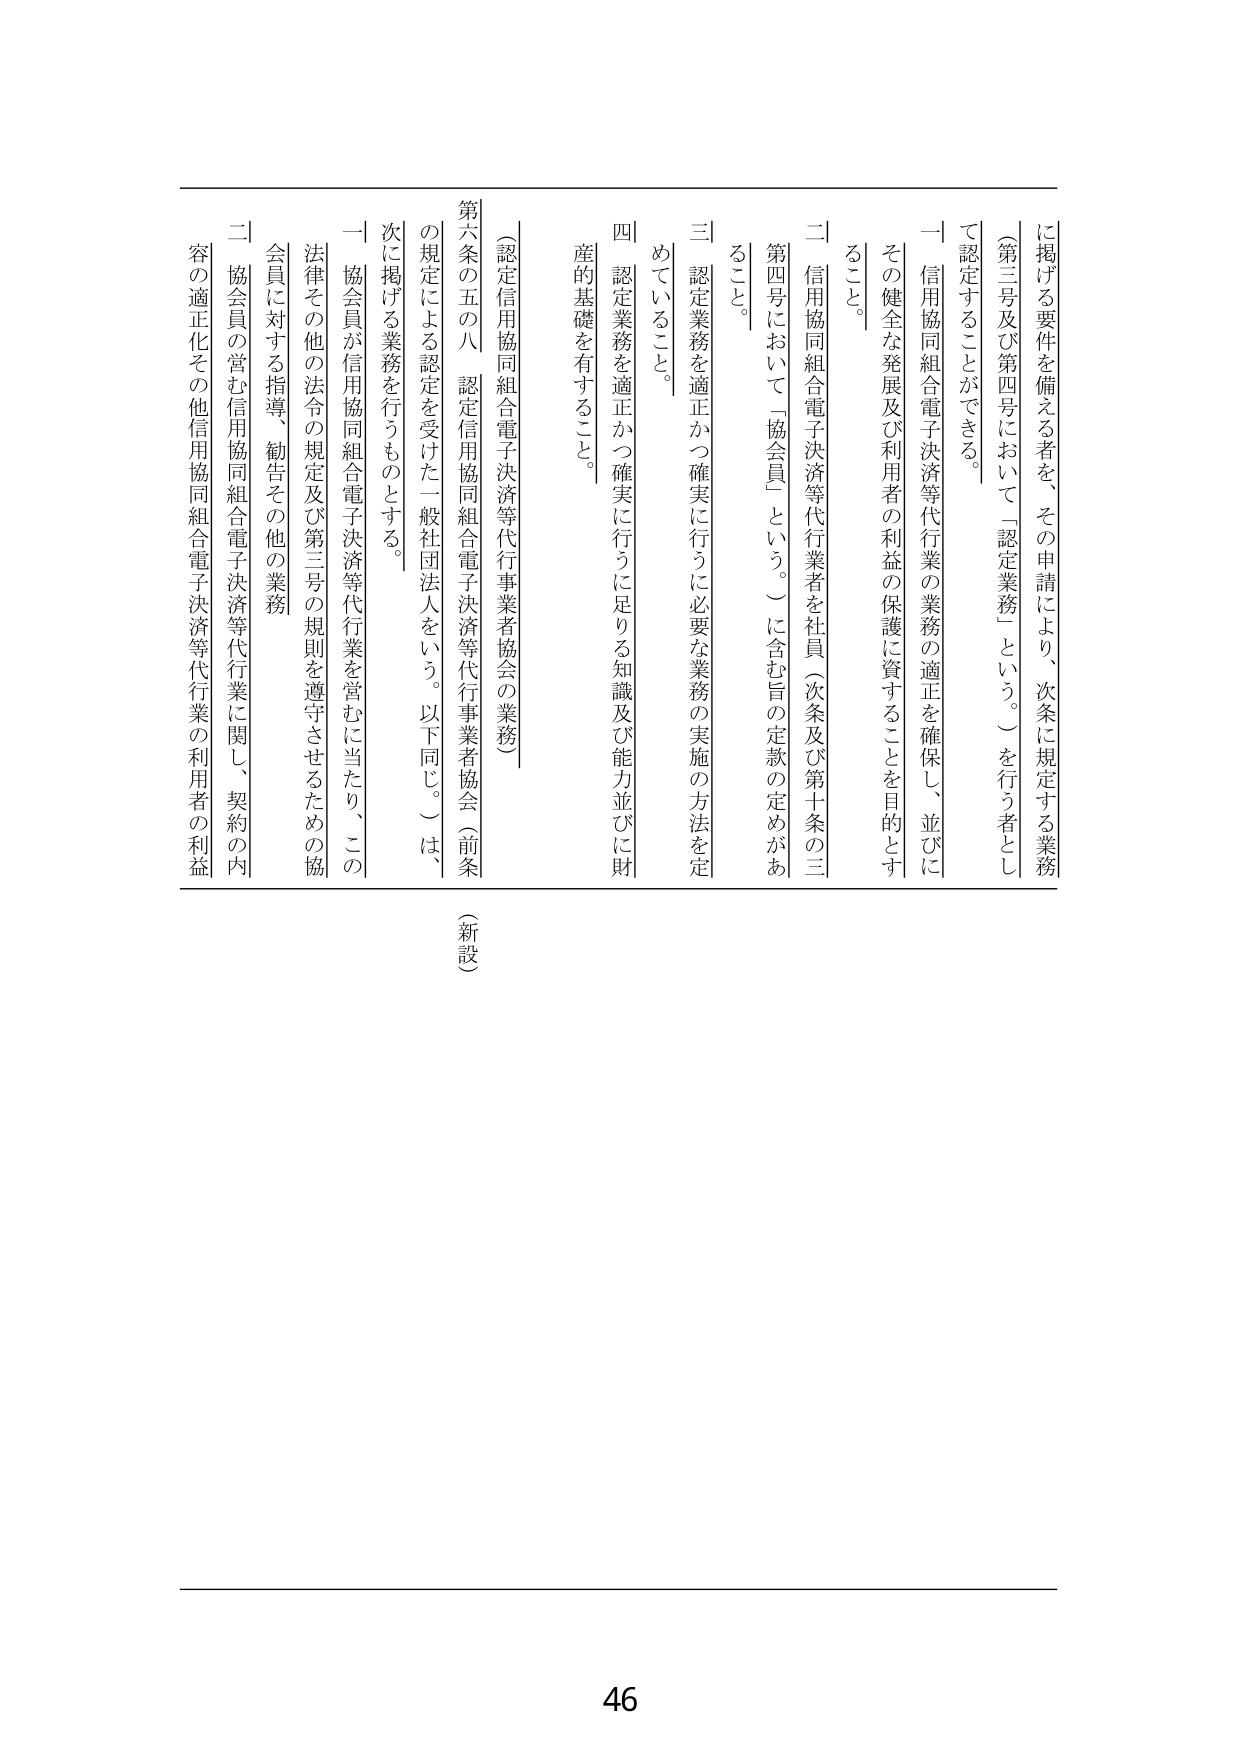
に掲げる要件を備える者を、その申請により、次条に規定する業務
（第三号及び第四号において「認定業務」という。）を行う者とし
て認定することができる。
一 信用協同組合電子決済等代行業の業務の適正を確保し、並びに
その健全な発展及び利用者の利益の保護に資することを目的とす
ること。
二 信用協同組合電子決済等代行業者を社員（次条及び第十条の三
第四号において「協会員」という。）に含む旨の定款の定めがあ
ること。
三 認定業務を適正かつ確実に行うに必要な業務の実施の方法を定
めていること。
四 認定業務を適正かつ確実に行うに足りる知識及び能力並びに財
産的基礎を有すること。
（認定信用協同組合電子決済等代行業者協会の業務）
第六条の五の八 認定信用協同組合電子決済等代行業者協会（前条
の規定による認定を受けた一般社団法人をいう。以下同じ。）は、
次に掲げる業務を行うものとする。
一 協会員が信用協同組合電子決済等代行業を営むに当たり、この
法律その他の法令の規定及び第三号の規則を遵守させるための協
会員に対する指導、勧告その他の業務
二 協会員の営む信用協同組合電子決済等代行業に関し、契約の内
容の適正化その他信用協同組合電子決済等代行業の利用者の利益
（新設）
46